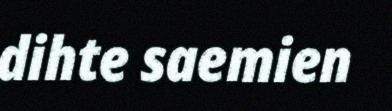
dihte saemien